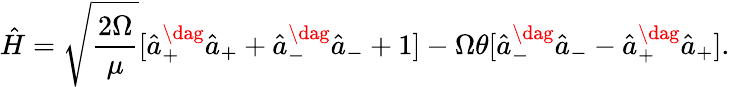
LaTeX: \hat{H}=\sqrt{\frac{2\Omega}{\mu}}[\hat{a}_{+}^{\dag}\hat{a}_{+}+\hat{a}_{-}^{\dag}\hat{a}_{-}+1]-\Omega\theta[\hat{a}_{-}^{\dag}\hat{a}_{-}-\hat{a}_{+}^{\dag}\hat{a}_{+}].